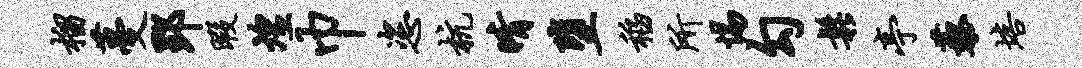
榴蔓郢暇煌巾恣杭晴堕稻所惕勾松亭藜培